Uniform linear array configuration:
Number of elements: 32
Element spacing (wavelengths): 0.25
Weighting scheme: cosine
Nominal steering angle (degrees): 0
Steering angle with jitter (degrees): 1.118
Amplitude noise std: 0.05
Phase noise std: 0.05

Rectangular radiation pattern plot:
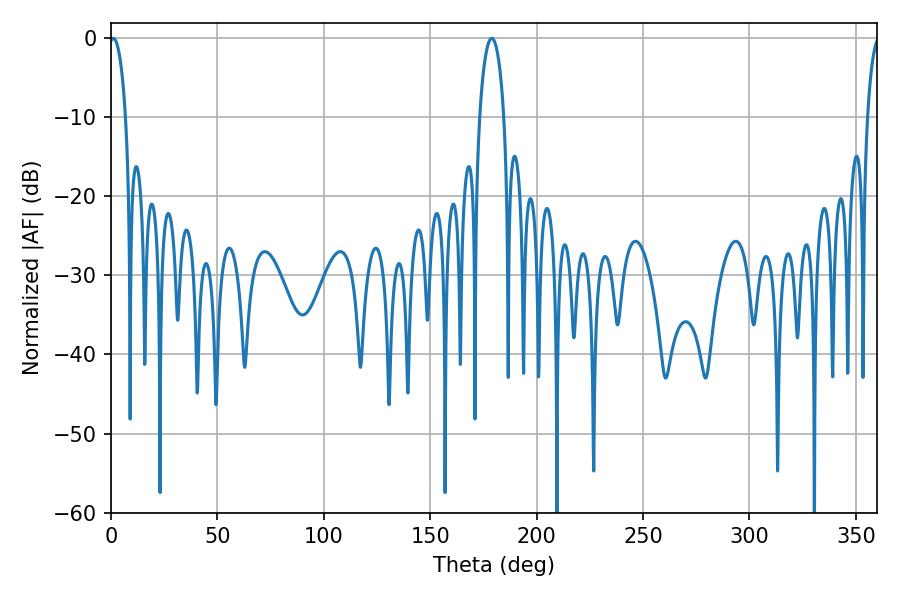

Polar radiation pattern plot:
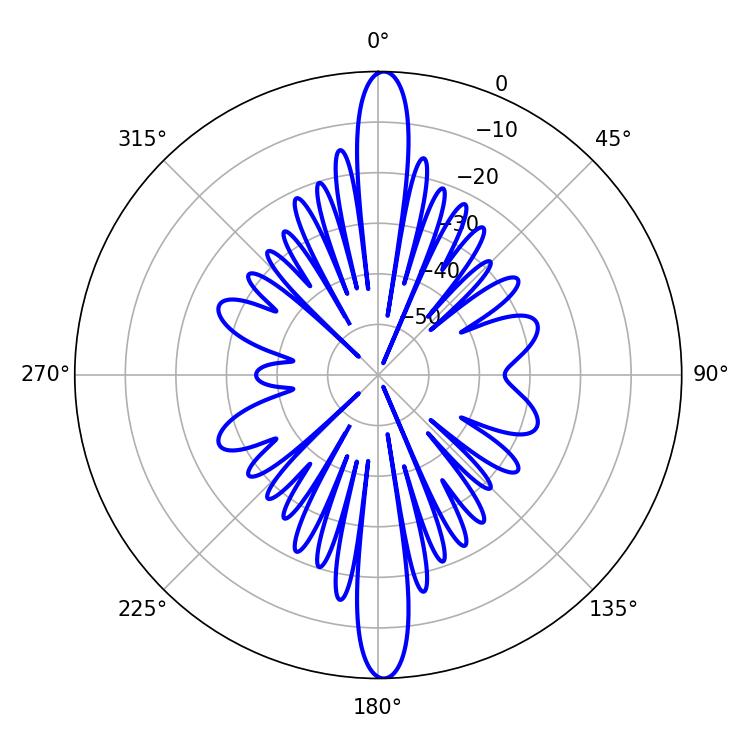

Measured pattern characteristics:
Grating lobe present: FALSE
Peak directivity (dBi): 26.286
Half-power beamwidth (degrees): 6.48
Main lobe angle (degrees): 178.92